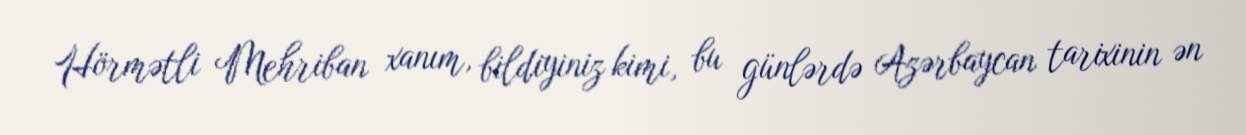
Hörmətli Mehriban xanım, bildiyiniz kimi, bu günlərdə Azərbaycan tarixinin ən